Vital statistics of India. Vol. VI, European troops 1870-79
Year: 1870
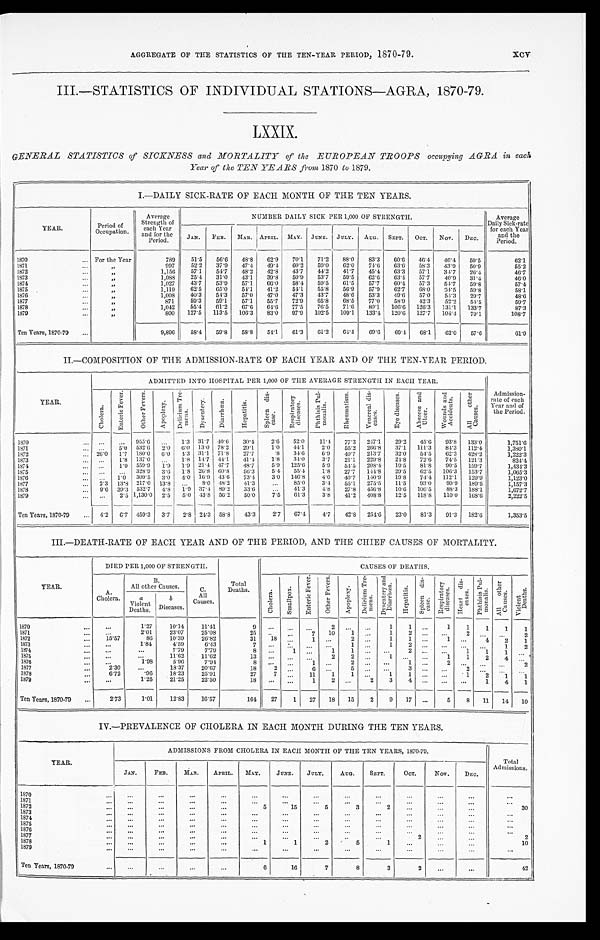
AGGREGATE OF THE STATISTICS OF THE TEN-YEAR PERIOD, 1870-79.
III.-STATISTICS OF INDIVIDUAL STATIONS-AGRA, 1870-79.
LXXIX.
GENERAL STATISTICS of SICKNESS and MORTALITY of the EUROPEAN TROOPS occupying AGRA in each
Year of the TEN YEARS from 1870 to 1879.
I.—DAILY SICK-RATE OF EACH MONTH OF THE TEN YEARS.
YEAR.
P e r i o d o f
O c c u p a t i o n .
Average
Strength of
each Year
and for the
Period.
NUMBER DAILY SICK PER 1,000 OF STRENGTH.
Average
Daily Sick-rate
for each Year
and the
Period.
JAN.
F E B .
MAR. APRIL. MAY. JUNE. JULY.
AUG.
SEPT.
OCT.
Nov.
DEC.
1870
For the Year
789
51.5
56.6
48.8
62.9
70.1
71.2
88.0
83.3
60.6
46.4
46.4
59.5
62.1
1871
„
997
52.2
37.9
47.4
49.4
60.2
59.0
62.0
74.6
63.6
58.3
43.9
50.9
55.2
1872
„
1,156
57.1
54.7
48.2
42.8
43.7
44.2
41.7
45.4
63.3
57.1
34.7
26.4
46.7
1873
„
1,088
25.4
31.0
43.1
39.8
50.9
53.7
59.5
62.6
63.4
57.7
40.9
31.4
46.0
1874
„
1,027
43.7
53.9
57.1
66.0
58.4
59.5
61.5
57.7
60.4
57.3
54.7
59.8
57.4
1875
„
1,119
62.5
65.0
54.1
41.2
54.1
55.8
56.9
57.9
62.7
68.0
34.5
59.8
58.1
1876
„
1,008
40.3
54.3
57.0
47.0
47.3
43.7
48.6
53.3
49.6
57.0
54.3
29.7
4 8 . 6
1877
„
871
59.3
59.1
57.1
55.7
72.9
65.8
68.5
77.0
58.9
42.3
52.2
54.5
59.7
1878
„
1,042
55.4
61.2
67.6
64.6
77.5
76.5
71.6
80.1
106.6
126.3
131.1
133.7
87.3
1879
„
800
127.5
113.5
106.3
83.0
97.9
102.5
109.1
133.4
120.6 127.7
104.4
79.1
108.7
Ten Years, 1870-79
9,896
58.4
59.8
58.8
54.1
61.3
61.2
64.4
69.6
69.4
68.1
62.0
57.6
61.9
II.—COMPOSITION OF THE ADMISSION-RATE OF EACH YEAR AND OF THE TEN-YEAR PERIOD.
Y E A R .
ADMITTED INTO HOSPITAL PER 1,000 OF THE AVERAGE STRENGTH IN EACH YEAR.
Admission-
rate of each
Year and of
the Period.
C h o l e r a .
E n t e r i c F e v e r .
O t h e r F e v e r s .
A p o p l e x y .
D e l i r i u m T r e -
m e n s
D y s e n t e r y .
D i a r r h œ a .
H e p a t i t i s .
S p l e e n d i s -
e a s e .
R e s p i r a t o r y d e i s e a s e s .
P h t h i s i s P u l -
m o n a l i s .
R h e u m a t i s m .
V e n e r e a l d i s -
e a s e s .
E y e d i s e a s e s .
A b s c e s s a n d U l c e r .
W o u n d s a n d A c c i d e n t s .
A l l o t h e r C a u s e s .
1870
955.6
1.3
31.7 40.6
30.4
2.6
52.0
11.4
77.3
247.1
29.2
45.6
93.8
133.0
1 , 7 5 1 . 6
1871
5.0 532.6
2.0 6.0 13.0 78.2
29.1
1.0
44. 1
2.0
55.2
266.8
37.1
111.3
84.3
112.4
1,380.1
1872
26.0
1 . 7 180.0 6.0 4.3 31.1 71.8
27.7
.8
34.6
6 . 9 40.7 213.7
32.0
54.5
62.3
428.2
1,222.3
1873
1.8 137.0
1.8 14.7 44.1
41.4
1.8
34.0
3.7
21.1
229.8
24.8
72.6
74.5
121.3
8 2 4 . 4
1874
1.0 559.9
1 .9 1.9 21.4 47.7
48.7
5.9
125.6
5.9
54.5
208 .4
19.5
81.8
90.5
159.7
1,434.3
1875
328.9
3.6
1.8
26.8
60.8
56.3
5.4
55.4
1.8
27.7
144.8
29.5
62. 5
106.3
153.7
1 , 0 6 5 . 3
1876
1.0
309.5
3.0
4.0
16.9
43.6
73.4
3.0
146.8
4.0
40.7
140.9
19.8
74.4
112.1
129.9
1,123.0
1877
2.3
13.8 217.0
13.8
8.0
48.2
41.3
85.0
3.4
55.1
275.5
11.5
93.0
99.9
189.5
1,157.3
1878
9 . 6 39.3 532.7
4.8
1.9
37.4 89.2
33.6
41.3
4.8
27.8
456.8
10.6
106.5
88.3
188.1
1,672.7
1879
2.5 1,130.0
2 . 5
5.0 43.8 56.2
50.0
7.5
61.3
3.8
41.2
408.8
12.5
118.8
110.0 168.6
2,222.5
Ten Years, 1870-79
4.2
6.7 459.3
3.7
2.8 24.3 58.8
43.3
2.7
67.4
4.7
42.8
254.6
23.0
81.3
91.3
182.6
1,353.5
III.—DEATH-RATE OF EACH YEAR AND OF THE PERIOD, AND THE CHIEF CAUSES OF MORTALITY.
YEAR.
DIED PER 1,000 OF STRENGTH.
Total
Deaths.
CAUSES OF DEATHS.
A.
Cholera.
B.
All other Causes
C .
All
Causes.
C h o l e r a .
S m a l l p o x .
E n t e r i c F e v e r .
O t h e r F e v e r s .
A p o p l e x y .
De l i r i um Tr e -
mens.
D y s e n t e r y a n d D i a r r h œ a .
H e p a t i t i s .
Spleen dis-
ease.
R e s p i r a t o r y d i s e a s e s .
H e a r t d i s -
e a s e s .
P h t h i s i s P u l -
m o n a l i s .
A l l o t h e r
C a u s e s .
V i o l e n t
D e a t h s .
a
Violent
Deaths.
b
Diseases.
1870
1.27
10.14
11.41
9
2
1
1
1
1
1
1
1
...
1871
2.01
23.07
25.08
25
7
10
1
1
2
2
2
1872
15.57
86
10.39
26.82
31
18
1
2
1
1
1
4
2
1
1873
1.84
4.59
6.43
7
1
1
2
1
2
1874
7.79
7.79
8
1
1
1
2
1
1
1
1 8 7 5
11.62
11.62
1 3
2
2
1
1
1
2
4
1 8 7 6
1.98
5.96
7.94
8
1
2
1
2
2
1 8 7 7
2.30
18.37
20.67
18
2
6
5
3
2
1878
6.72
.96
18.23
25.91
27
7
11
1
1
1
1
1
2
1
1
1 8 7 9
1.25
21.25
22.50
18
1
2
2
3
4
1
4
1
Ten Years, 1870-79
2.73
1.01
12.83
16.57
164
27
1
27
18
15
2
9
17
5
8
11
14
10
IV.—PREVALENCE OF CHOLERA IN EACH MONTH DURING THE TEN YEARS.
YEAR.
ADMISSIONS FROM CHOLERA IN EACH MONTH OF THE TEN YEARS, 1870-79.
Total
Admissions.
JAN.
FEB.
MAR.
APRIL.
MAY.
JUNE.
JULY.
AUG.
SEPT.
OCT.
NOV.
DEC.
1870
1871
1872
5
15
5
3
2
30
1873
1874
1875
1 8 7 6
1 8 7 7
2
2
1878
1
1
2
5
1
10
1 8 7 9
Ten Years, 1870-79
6
16
7
8
3
2
42
xcv